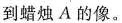
到蜡烛A的像。